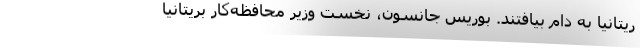
ریتانیا به دام بیافتند. بوریس جانسون، نخست وزیر محافظه‌کار بریتانیا